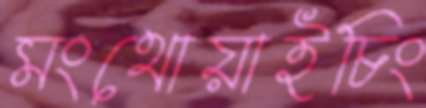
মংথোয়াইচিং